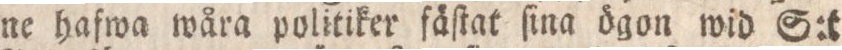
ne hafwa wära politiker fäſtat ſina ögon wid S:t